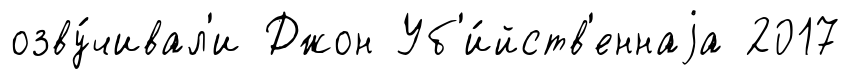
озву́чивал'и Джон Уб'и́йств'еннаjа 2017